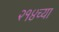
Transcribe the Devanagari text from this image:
२१४च्या